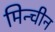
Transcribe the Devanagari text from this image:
मिन्चीन